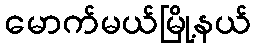
မောက်မယ်မြို့နယ်